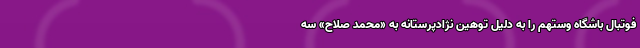
فوتبال باشگاه وستهم را به دلیل توهین نژادپرستانه به «محمد صلاح» سه